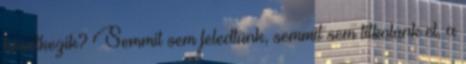
következik? Semmit sem feledtünk, semmit sem titkolunk el, a